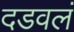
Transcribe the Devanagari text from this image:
दडवलं